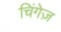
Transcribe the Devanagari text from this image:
चिंगेज़